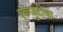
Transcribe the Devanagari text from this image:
एकजुटीचा